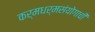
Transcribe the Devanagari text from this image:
कर्मधर्मसंयोगाची